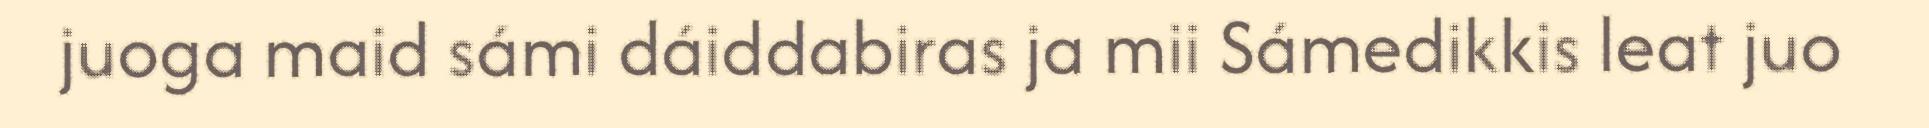
juoga maid sámi dáiddabiras ja mii Sámedikkis leat juo